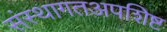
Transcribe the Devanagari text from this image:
संस्थागतअपशिष्ट